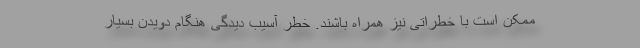
ممکن است با خطراتی نیز همراه باشند. خطر آسیب دیدگی هنگام دویدن بسیار